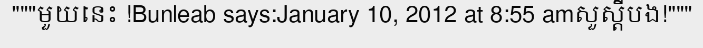
"""មួយនេះ !Bunleab says:January 10, 2012 at 8:55 amសួស្តីបង!"""